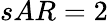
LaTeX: sAR=2